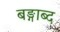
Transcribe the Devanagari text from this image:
बङ्गाब्द